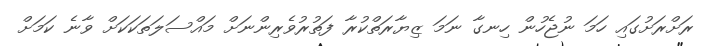
ރަށްރަށުގައި ހަމަ ނުޖެހުން ހިނގާ ނަމަ ޒިޔާރަތްކުރާ ފަތުރުވެރިންނަށް މައްސަލަތަކަކަށް ވާނެ ކަމަށް